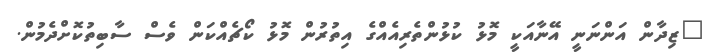
"ޒިދާން އަންނަނީ އޭނާއަކީ މޮޅު ކުޅުންތެރިއެއްގެ އިތުރުން މޮޅު ކޯޗެއްކަން ވެސް ސާބިތުކޮށްދެމުން.